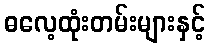
ဓလေ့ထုံးတမ်းများနှင့်